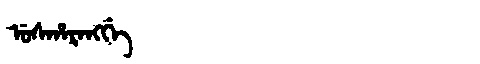
Manchu: ᡠᠰᡥᠠᡵᠠᠩᡤᡝ
Romanization: USHARANGGE